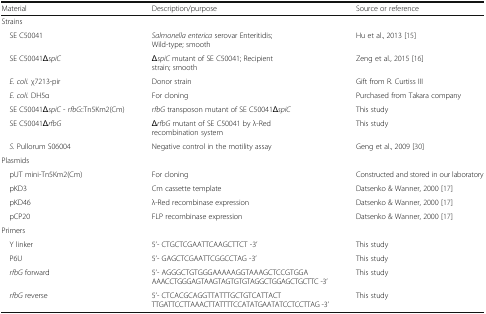
<table><thead><tr><td><b>Material</b></td><td><b>Description/purpose</b></td><td><b>Source or reference</b></td></tr></thead><tbody><tr><td colspan="3">Strains</td></tr><tr><td> SE C50041</td><td><i>Salmonella enterica</i> serovar Enteritidis; Wild-type; smooth</td><td>Hu et al., 2013 [15]</td></tr><tr><td> SE C50041<i>ΔspiC</i></td><td><i>ΔspiC</i> mutant of SE C50041; Recipient strain; smooth</td><td>Zeng et al., 2015 [16]</td></tr><tr><td> <i>E. coli.</i> χ7213-pir</td><td>Donor strain</td><td>Gift from R. Curtiss III</td></tr><tr><td> <i>E. coli.</i> DH5α</td><td>For cloning</td><td>Purchased from Takara company</td></tr><tr><td> SE C50041<i>ΔspiC</i> - <i>rfbG</i>::Tn5Km2(Cm)</td><td><i>rfbG</i> transposon mutant of SE C50041<i>ΔspiC</i></td><td>This study</td></tr><tr><td> SE C50041<i>ΔrfbG</i></td><td><i>ΔrfbG</i> mutant of SE C50041 by λ-Red recombination system</td><td>This study</td></tr><tr><td> <i>S.</i> Pullorum S06004</td><td>Negative control in the motility assay</td><td>Geng et al., 2009 [30]</td></tr><tr><td colspan="3">Plasmids</td></tr><tr><td> pUT mini-Tn5Km2(Cm)</td><td>For cloning</td><td>Constructed and stored in our laboratory</td></tr><tr><td> pKD3</td><td>Cm cassette template</td><td>Datsenko &amp; Wanner, 2000 [17]</td></tr><tr><td> pKD46</td><td>λ-Red recombinase expression</td><td>Datsenko &amp; Wanner, 2000 [17]</td></tr><tr><td> pCP20</td><td>FLP recombinase expression</td><td>Datsenko &amp; Wanner, 2000 [17]</td></tr><tr><td colspan="3">Primers</td></tr><tr><td> Y linker</td><td>5’- CTGCTCGAATTCAAGCTTCT -3’</td><td>This study</td></tr><tr><td> P6U</td><td>5’- GAGCTCGAATTCGGCCTAG -3’</td><td>This study</td></tr><tr><td> <i>rfbG</i> forward</td><td>5’- AGGGCTGTGGGAAAAAGGTAAAGCTCCGTGGAAAACCTGGGAGTAAGTAGTGTGTAGGCTGGAGCTGCTTC -3’</td><td>This study</td></tr><tr><td> <i>rfbG</i> reverse</td><td>5’- CTCACGCAGGTTATTTGCTGTCATTACTTTGATTCCTTAAACTTATTTTCCATATGAATATCCTCCTTAG -3’</td><td>This study</td></tr></tbody></table>